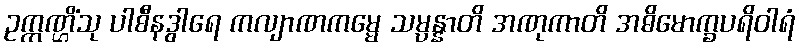
ဥက္ကဏ္ဌိံသု ပါစီနဒွါရေ ကလျာဏကမ္မေ သမ္ပန္နာတိ အဏုကာတိ အဓိမောက္ခပရိဝါရံ